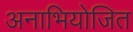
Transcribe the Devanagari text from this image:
अनाभियोजित